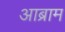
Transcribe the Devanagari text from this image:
आब्राम